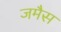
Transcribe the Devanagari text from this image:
जमैस